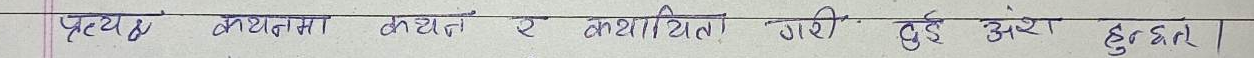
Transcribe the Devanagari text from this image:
प्रत्येक कथनमा कयाद र कयाचित गरिएको हुर्दै रहेछ।